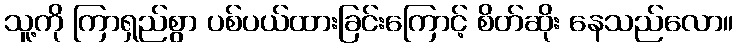
သူ့ကို ကြာရှည်စွာ ပစ်ပယ်ထားခြင်းကြောင့် စိတ်ဆိုး နေသည်လော။